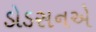
ડોડસનએ